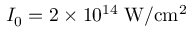
I _ { 0 } = 2 \times 1 0 ^ { 1 4 } \; \mathrm { W / c m ^ { 2 } }